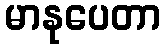
မာနုပေတာ